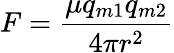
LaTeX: F={\frac{\mu q_{m1}q_{m2}}{4\pi r^{2}}}